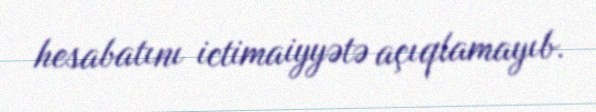
hesabatını ictimaiyyətə açıqlamayıb.